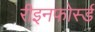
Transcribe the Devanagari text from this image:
रीइनफोर्स्ड